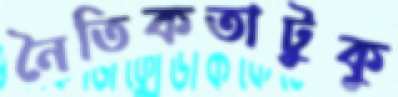
নৈতিকতাটুকু